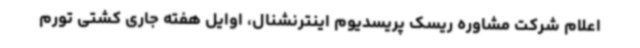
اعلام شرکت مشاوره ریسک پریسدیوم اینترنشنال، اوایل هفته جاری کشتی تورم